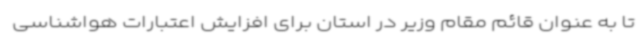
تا به عنوان قائم مقام وزیر در استان برای افزایش اعتبارات هواشناسی